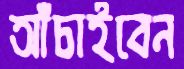
আঁচাইবেন